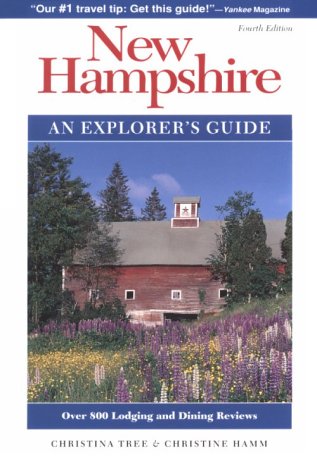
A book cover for New Hampshire: An Explorer's Guide (Explorer's Guides); Christina Tree; Travel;